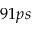
9 1 p s